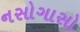
નસોગાસો